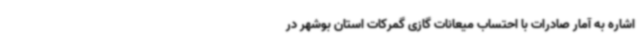
اشاره به آمار صادرات با احتساب میعانات گازی گمرکات استان بوشهر در